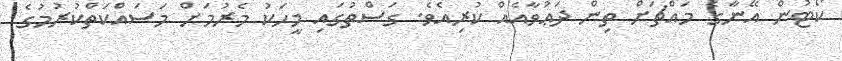
ކޯޓުން އޭނާގެ މައްޗަށް ތިން ދަޢުވާއެއް ކުރިއެވެ. ގަސްތުގައި މީހަކު މެރުމަށް މަސައްކަތްކުރުމުގެ